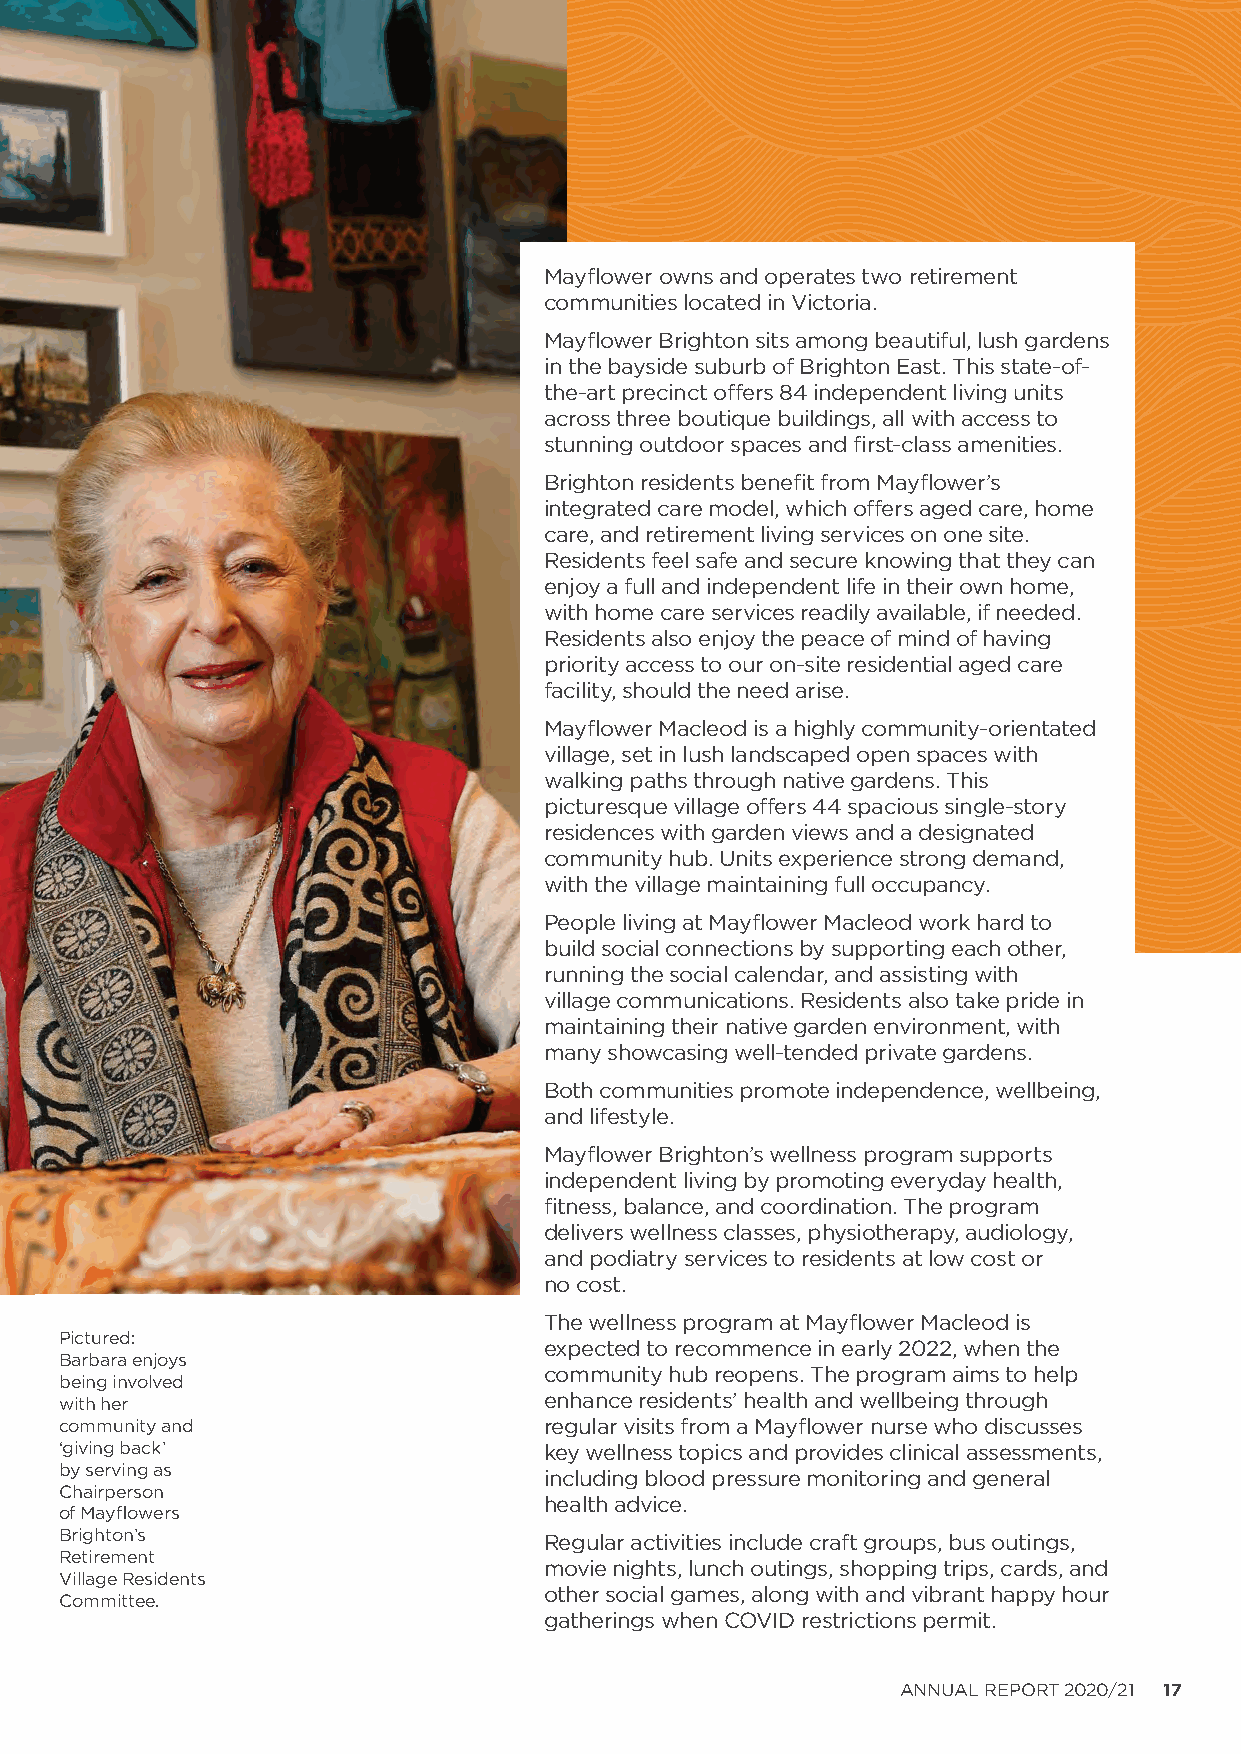
Mayflower owns and operates two retirement
 communities located in Victoria.
 Mayflower Brighton sits among beautiful, lush gardens
 in the bayside suburb of Brighton East. This state-of-
 the-art precinct offers 84 independent living units
 across three boutique buildings, all with access to
 stunning outdoor spaces and first-class amenities.
 Brighton residents benefit from Mayflower’s
 integrated care model, which offers aged care, home
 care, and retirement living services on one site.
 Residents feel safe and secure knowing that they can
 enjoy a full and independent life in their own home,
 with home care services readily available, if needed.
 Residents also enjoy the peace of mind of having
 priority access to our on-site residential aged care
 facility, should the need arise.
 Mayflower Macleod is a highly community-orientated
 village, set in lush landscaped open spaces with
 walking paths through native gardens. This
 picturesque village offers 44 spacious single-story
 residences with garden views and a designated
 community hub. Units experience strong demand,
 with the village maintaining full occupancy.
 People living at Mayflower Macleod work hard to
 build social connections by supporting each other,
 running the social calendar, and assisting with
 village communications. Residents also take pride in
 maintaining their native garden environment, with
 many showcasing well-tended private gardens.
 Both communities promote independence, wellbeing,
 and lifestyle.
 Mayflower Brighton’s wellness program supports
 independent living by promoting everyday health,
 fitness, balance, and coordination. The program
 delivers wellness classes, physiotherapy, audiology,
 and podiatry services to residents at low cost or
 no cost.
 The wellness program at Mayflower Macleod is
 Pictured:
 expected to recommence in early 2022, when the
 Barbara enjoys
 community hub reopens. The program aims to help
 being involved
 with her                        enhance residents’ health and wellbeing through
 community and                   regular visits from a Mayflower nurse who discusses
 ‘giving back’                   key wellness topics and provides clinical assessments,
 by serving as
 including blood pressure monitoring and general
 Chairperson
 health advice.
 of Mayflowers
 Brighton’s                      Regular activities include craft groups, bus outings,
 Retirement
 movie nights, lunch outings, shopping trips, cards, and
 Village Residents
 other social games, along with and vibrant happy hour
 Committee.
 gatherings when COVID restrictions permit.
 ANNUAL REPORT 2020/21 17